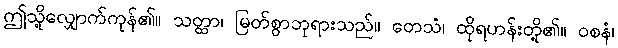
ဤသို့လျှောက်ကုန်၏။ သတ္ထာ၊ မြတ်စွာဘုရားသည်။ တေသံ၊ ထိုရဟန်းတို့၏။ ဝစနံ၊